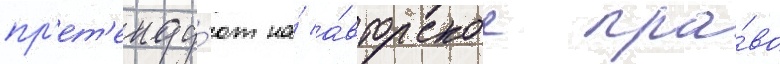
пр'ет'енду́ют на́ а́вторское пра́во